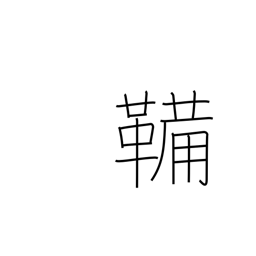
Meaning: bellows